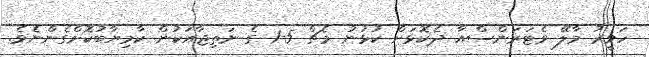
ހަވީރު މާލޭ ވެޓަރަންސްއާ ދެކޮޅަށް ކުޅުނު މެޗް 5-1 ގެ ނަތިޖާއަކުން ކާމިޔާބުކޮށްގެންނެވެ.